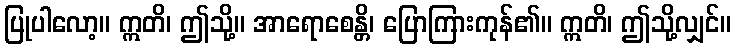
ပြုပါလော့။ ဣတိ၊ ဤသို့။ အာရောစေန္တိ၊ ပြောကြားကုန်၏။ ဣတိ၊ ဤသို့လျှင်။